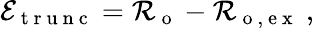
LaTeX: \mathcal{E}_{\mathrm{~t~r~u~n~c~}}=\mathcal{R}_{\mathrm{~o~}}-\mathcal{R}_{\mathrm{~o~,~e~x~}}\ ,